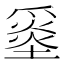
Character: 𡐼